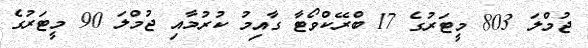
ޖުމްލަ 803 މީޓަރުގެ 17 ބްރޭކްވޯޓާ ގާއިމު ކުރުމާއި ޖުމްލަ 90 މީޓަރުގެ